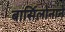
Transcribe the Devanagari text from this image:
बार्सिलोनाने